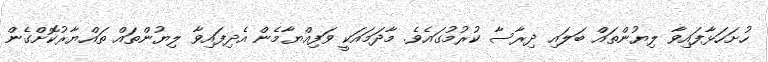
ހުށަހަޅާފައިވާ ލިޔުންތައް ބަލައި ދިރާސާ ކުރުމުގައެވެ. މާދަމައަކީ ވަފިއްޔާމެން އެދިފައިވާ ލިޔުންތައް ތައްޔާރުކޮށްގެން